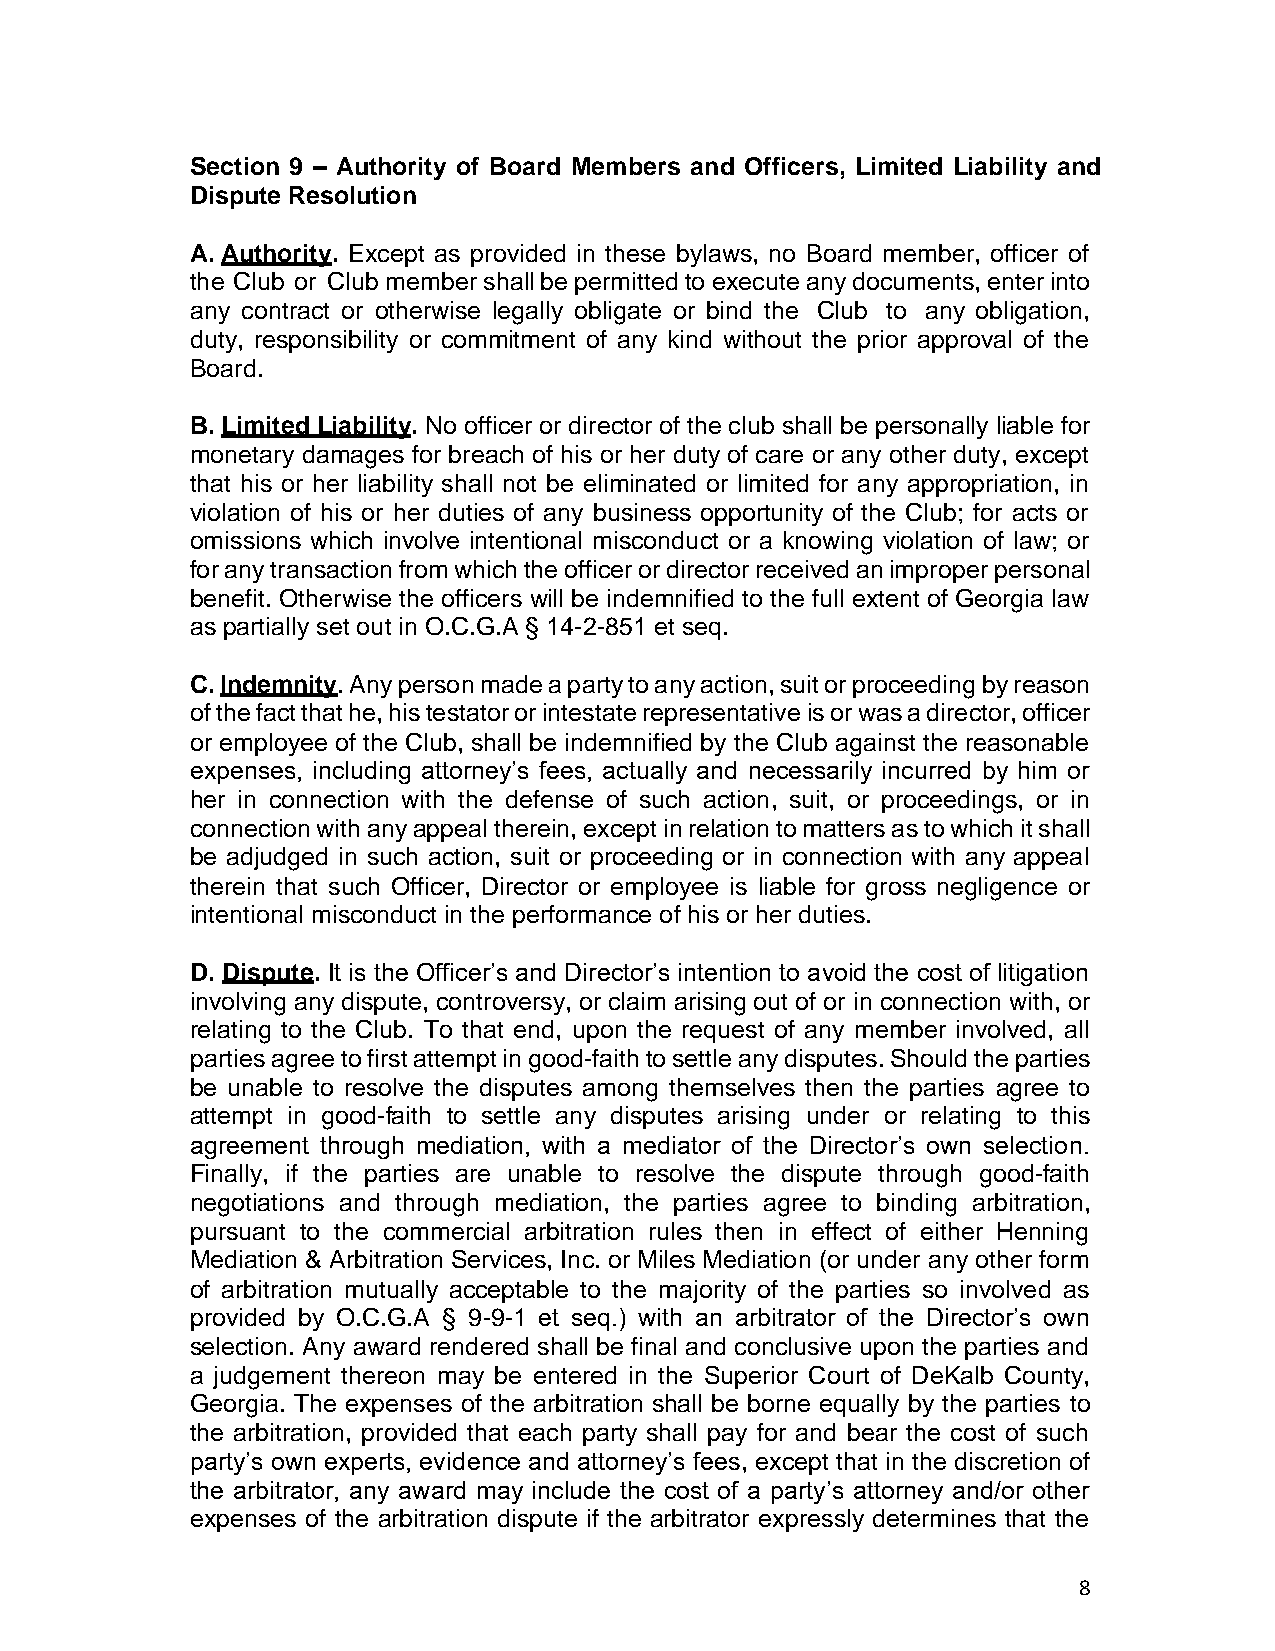
Section 9 – Authority of Board Members and Officers, Limited Liability and
 Dispute Resolution
 A. Authority. Except as provided in these bylaws, no Board member, officer of
 the Club or Club member shall be permitted to execute any documents, enter into
 any contract or otherwise legally obligate or bind the Club to any obligation,
 duty, responsibility or commitment of any kind without the prior approval of the
 Board.
 B. Limited Liability. No officer or director of the club shall be personally liable for
 monetary damages for breach of his or her duty of care or any other duty, except
 that his or her liability shall not be eliminated or limited for any appropriation, in
 violation of his or her duties of any business opportunity of the Club; for acts or
 omissions which involve intentional misconduct or a knowing violation of law; or
 for any transaction from which the officer or director received an improper personal
 benefit. Otherwise the officers will be indemnified to the full extent of Georgia law
 as partially set out in O.C.G.A § 14-2-851 et seq.
 C. Indemnity. Any person made a party to any action, suit or proceeding by reason
 of the fact that he, his testator or intestate representative is or was a director, officer
 or employee of the Club, shall be indemnified by the Club against the reasonable
 expenses, including attorney’s fees, actually and necessarily incurred by him or
 her in connection with the defense of such action, suit, or proceedings, or in
 connection with any appeal therein, except in relation to matters as to which it shall
 be adjudged in such action, suit or proceeding or in connection with any appeal
 therein that such Officer, Director or employee is liable for gross negligence or
 intentional misconduct in the performance of his or her duties.
 D. Dispute. It is the Officer’s and Director’s intention to avoid the cost of litigation
 involving any dispute, controversy, or claim arising out of or in connection with, or
 relating to the Club. To that end, upon the request of any member involved, all
 parties agree to first attempt in good-faith to settle any disputes. Should the parties
 be unable to resolve the disputes among themselves then the parties agree to
 attempt in good-faith to settle any disputes arising under or relating to this
 agreement through mediation, with a mediator of the Director’s own selection.
 Finally, if the parties are unable to resolve the dispute through good-faith
 negotiations and through mediation, the parties agree to binding arbitration,
 pursuant to the commercial arbitration rules then in effect of either Henning
 Mediation & Arbitration Services, Inc. or Miles Mediation (or under any other form
 of arbitration mutually acceptable to the majority of the parties so involved as
 provided by O.C.G.A § 9-9-1 et seq.) with an arbitrator of the Director’s own
 selection. Any award rendered shall be final and conclusive upon the parties and
 a judgement thereon may be entered in the Superior Court of DeKalb County,
 Georgia. The expenses of the arbitration shall be borne equally by the parties to
 the arbitration, provided that each party shall pay for and bear the cost of such
 party’s own experts, evidence and attorney’s fees, except that in the discretion of
 the arbitrator, any award may include the cost of a party’s attorney and/or other
 expenses of the arbitration dispute if the arbitrator expressly determines that the
 8